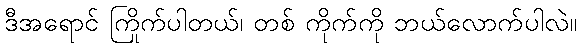
ဒီအရောင် ကြိုက်ပါတယ်၊ တစ် ကိုက်ကို ဘယ်လောက်ပါလဲ။